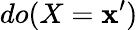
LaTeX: do(X=\mathbf{x}^{\prime})